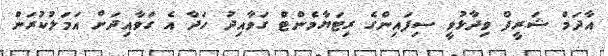
އާދަމް ޝަރީފް ވިދާޅުވީ ސިފައިންގެ ރިޓަޔާމެންޓް ގަވާއިދު ހަދާ އެ ގަވާއިދަށް އަމަލުކުރަން